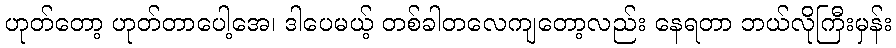
ဟုတ်တော့ ဟုတ်တာပေါ့အေ၊ ဒါပေမယ့် တစ်ခါတလေကျတော့လည်း နေရတာ ဘယ်လိုကြီးမှန်း